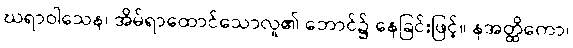
ဃရာဝါသေန၊ အိမ်ရာထောင်သောလူ၏ ဘောင်၌ နေခြင်းဖြင့်။ နအတ္ထိကော၊